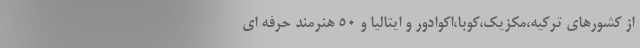
از کشورهای ترکیه،مکزیک،کوبا،اکوادور و ایتالیا و 50 هنرمند حرفه ای